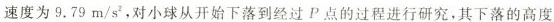
速度为 $$9.79m/s^{2},$$ 对小球从开始下落到经过P点的过程进行研究，其下落的高度